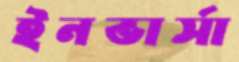
ইনভার্সা